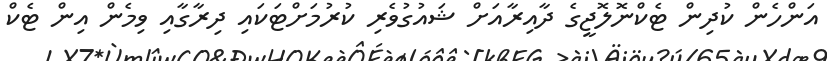
އަންހެން ކުދިން ޓެކްނޮލޮޖީގެ ދާއިރާއަށް ޝައުގުވެރި ކުރުމަށްޓަކައި ދިރާގާއި ވިމެން އިން ޓެކް